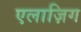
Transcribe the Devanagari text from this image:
एलाज़िग